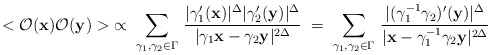
\begin{align*}<{\cal O}({\bf x}){\cal O}({\bf y})>\;\propto\;\sum_{\gamma_{1},\gamma_{2}\in\Gamma}\,\frac{|\gamma'_{1}({\bf x})|^{\Delta}|\gamma'_{2}({\bf y})|^{\Delta}}{|\gamma_{1}{\bf x}-\gamma_{2}{\bf y}|^{2\Delta}}\;=\;\sum_{\gamma_{1},\gamma_{2}\in\Gamma}\,\frac{|(\gamma_{1}^{-1}\gamma_{2})'({\bf y})|^{\Delta}}{|{\bf x}-\gamma_{1}^{-1}\gamma_{2}{\bf y}|^{2\Delta}}\end{align*}